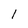
Character: 1